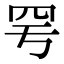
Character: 𦉿